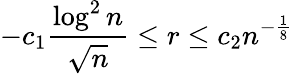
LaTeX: -c_{1}\frac{\log^{2}n}{\sqrt{n}}\le r\le c_{2}n^{-\frac 18}